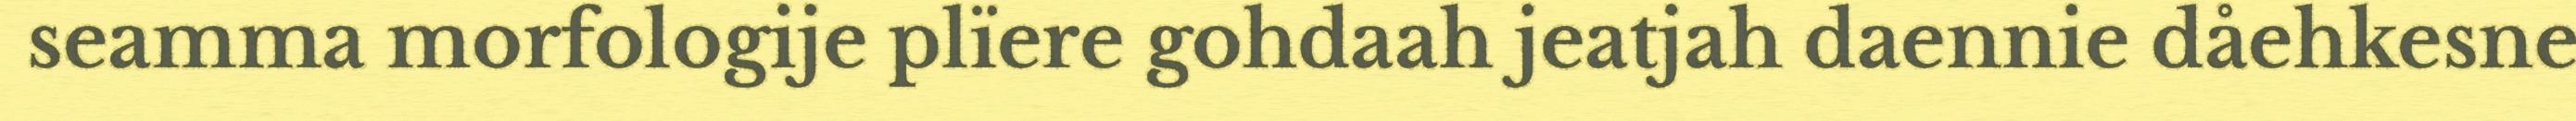
seamma morfologije plïere gohdaah jeatjah daennie dåehkesne